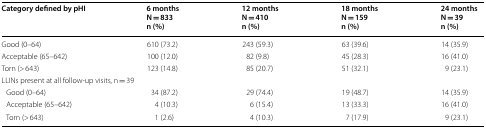
<table><thead><tr><td><b>Category defined by pHI</b></td><td><b>6 monthsN = 833n (%)</b></td><td><b>12 monthsN = 410n (%)</b></td><td><b>18 monthsN = 159n (%)</b></td><td><b>24 monthsN = 39n (%)</b></td></tr></thead><tbody><tr><td>Good (0–64)</td><td>610 (73.2)</td><td>243 (59.3)</td><td>63 (39.6)</td><td>14 (35.9)</td></tr><tr><td>Acceptable (65–642)</td><td>100 (12.0)</td><td>82 (9.8)</td><td>45 (28.3)</td><td>16 (41.0)</td></tr><tr><td>Torn (&gt; 643)</td><td>123 (14.8)</td><td>85 (20.7)</td><td>51 (32.1)</td><td>9 (23.1)</td></tr><tr><td colspan="5">LLINs present at all follow-up visits, n = 39</td></tr><tr><td> Good (0–64)</td><td>34 (87.2)</td><td>29 (74.4)</td><td>19 (48.7)</td><td>14 (35.9)</td></tr><tr><td> Acceptable (65–642)</td><td>4 (10.3)</td><td>6 (15.4)</td><td>13 (33.3)</td><td>16 (41.0)</td></tr><tr><td> Torn (&gt; 643)</td><td>1 (2.6)</td><td>4 (10.3)</td><td>7 (17.9)</td><td>9 (23.1)</td></tr></tbody></table>